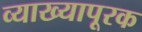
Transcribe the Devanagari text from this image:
व्याख्यापूरक